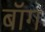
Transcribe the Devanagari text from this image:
बॉग